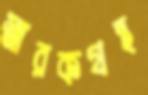
স্মারকগ্রন্থ